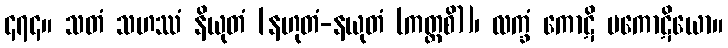
၄၇၄။ သတံ သဟဿံ နိယုတံ [နဟုတံ-နယုတံ (ကတ္ထစိ)]၊ လက္ခံ ကောဋိ ပကောဋိယော။